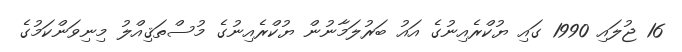
16 ޖުލައި 1990 ގައި ޔުކްރެއިނުގެ އައު ބަރުލަމާނުން ޔުކްރެއިނުގެ މުސްތަޤިއްލު މިނިވަންކަމުގެ